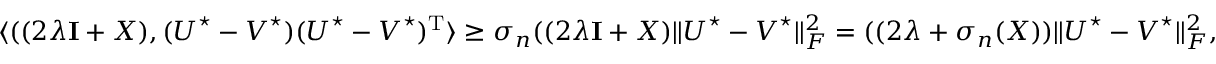
\begin{array} { r } { \langle ( ( 2 \lambda { \bf I } + \boldsymbol { X } ) , ( \boldsymbol { U } ^ { \star } - \boldsymbol { V } ^ { \star } ) ( \boldsymbol { U } ^ { \star } - \boldsymbol { V } ^ { \star } ) ^ { \mathrm { T } } \rangle \geq \sigma _ { n } ( ( 2 \lambda { \bf I } + \boldsymbol { X } ) \| \boldsymbol { U } ^ { \star } - \boldsymbol { V } ^ { \star } \| _ { F } ^ { 2 } = ( ( 2 \lambda + \sigma _ { n } ( \boldsymbol { X } ) ) \| \boldsymbol { U } ^ { \star } - \boldsymbol { V } ^ { \star } \| _ { F } ^ { 2 } , } \end{array}